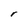
Character: r